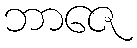
ဘာဇေ